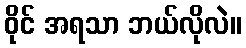
ဝိုင် အရသာ ဘယ်လိုလဲ။